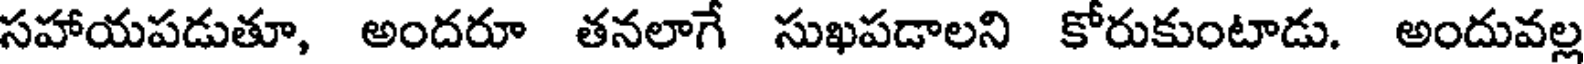
సహాయపడుతూ, అందరూ తనలాగే సుఖపడాలని కోరుకుంటాడు. అందువల్ల